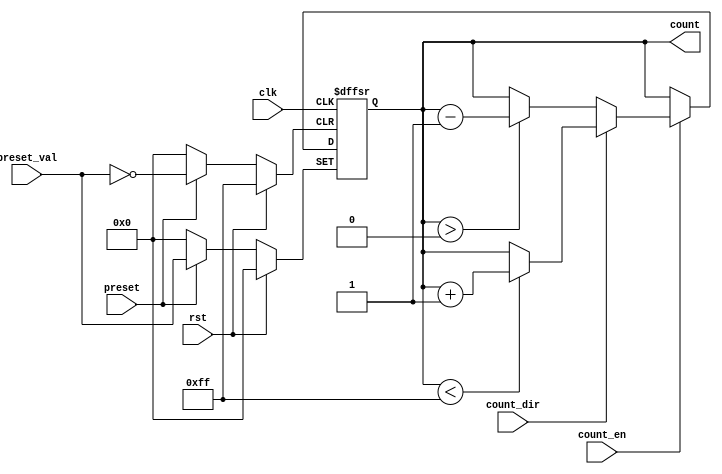
module presettable_counter (
    input wire clk,                // Clock signal
    input wire rst,                // Asynchronous reset
    input wire preset,             // Asynchronous preset signal
    input wire [7:0] preset_val,   // Preset value (8-bit wide)
    input wire count_en,           // Count enable signal
    input wire count_dir,          // Count direction (1 for up, 0 for down)
    output reg [7:0] count         // Counter value (8-bit wide)
);

    // Asynchronous reset and preset logic
    always @(posedge clk or posedge rst or posedge preset) begin
        if (rst) begin
            count <= 8'b0;         // Reset the counter to 0
        end else if (preset) begin
            count <= preset_val;   // Load the preset value into the counter
        end else if (count_en) begin
            if (count_dir) begin
                if (count < 8'hFF) begin
                    count <= count + 1; // Increment if not at maximum
                end
            end else begin
                if (count > 8'h00) begin
                    count <= count - 1; // Decrement if not at minimum
                end
            end
        end
    end

endmodule